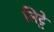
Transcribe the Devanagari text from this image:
लिट्‍टे